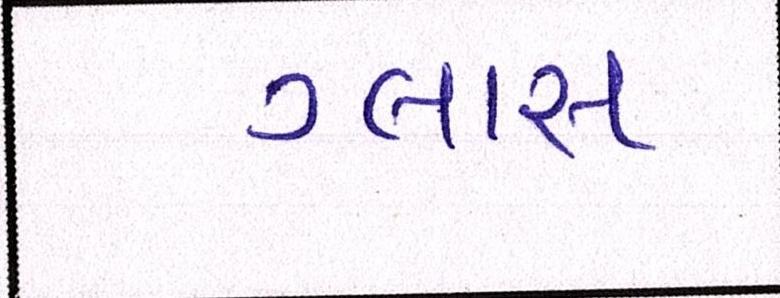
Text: ગ્લાસ